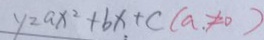
y = a x ^ { 2 } + b x + c ( a , \neq 0 )